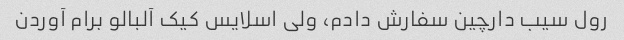
رول سیب دارچین سفارش دادم، ولی اسلایس کیک آلبالو برام آوردن